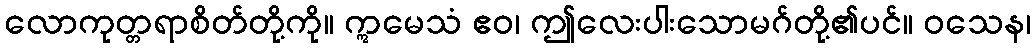
လောကုတ္တရာစိတ်တို့ကို။ ဣမေသံ ဧဝ၊ ဤလေးပါးသောမဂ်တို့၏ပင်။ ဝသေန၊